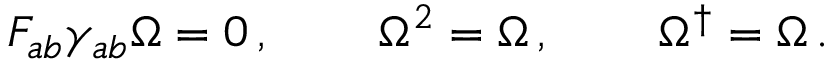
\begin{array} { c c c } { { F _ { a b } \gamma _ { a b } \Omega = 0 \, , ~ ~ } } & { { ~ ~ \Omega ^ { 2 } = \Omega \, , ~ ~ } } & { { ~ ~ \Omega ^ { \dagger } = \Omega \, . } } \end{array}